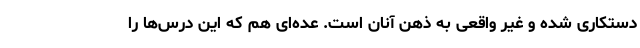
دستکاری شده و غیر واقعی به ذهن آنان است. عده‌ای هم که این درس‌ها را